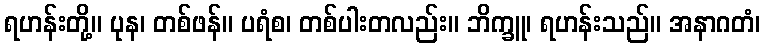
ရဟန်းတို့။ ပုန၊ တစ်ဖန်။ ပရံစ၊ တစ်ပါးတလည်း။ ဘိက္ခူ၊ ရဟန်းသည်။ အနာဂတံ၊